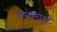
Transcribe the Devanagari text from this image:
एप्सोसाइट